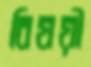
বিষয়ী